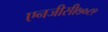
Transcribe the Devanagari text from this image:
एनजीसी७०८९